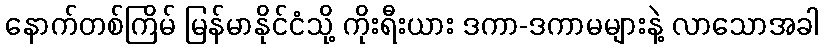
နောက်တစ်ကြိမ် မြန်မာနိုင်ငံသို့ ကိုးရီးယား ဒကာ-ဒကာမများနဲ့ လာသောအခါ